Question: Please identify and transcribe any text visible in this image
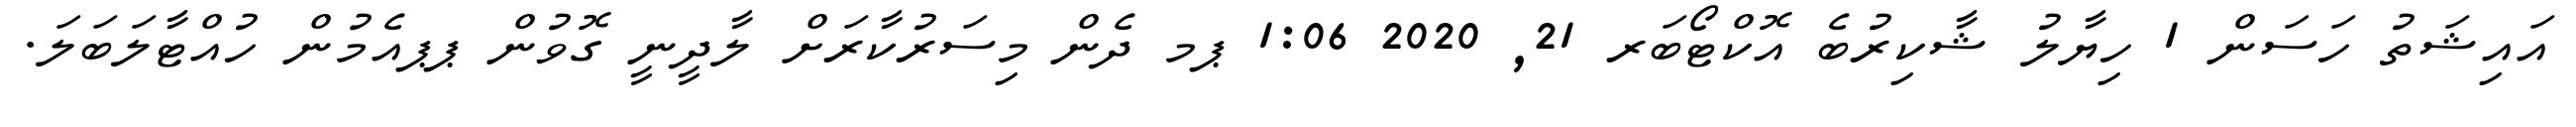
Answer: އައިޝަތު ހަސަން 1 ހިޔާލު ޝާކިރުބެ އޮކްޓޯބަރ 21, 2020 1:06 ޕމ ދެން މިސަރުކާރަށް ލާދީނީ ގޮވުން ޕޕއެމުން ހުއްޓާލަބަލަ.